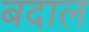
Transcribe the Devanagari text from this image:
बदाल